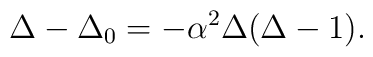
\Delta-{\Delta_0}=-{\alpha^2}\Delta(\Delta-1).